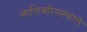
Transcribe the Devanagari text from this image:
मालिब्डीनमवाले